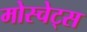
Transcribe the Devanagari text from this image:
मोस्चेट्स